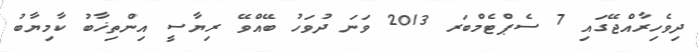
ދިވެހިރާއްޖޭގައި 7 ސެޕްޓެމްބަރ 2013 ވަނަ ދުވަހު ބޭއްވޭ ރިޔާސީ އިންތިޚާބު ކާމިޔާބު